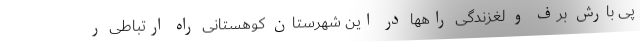
پی بارش برف و لغزندگی راهها در این شهرستان کوهستانی راه ارتباطی ر